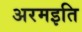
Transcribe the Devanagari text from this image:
अरमइति